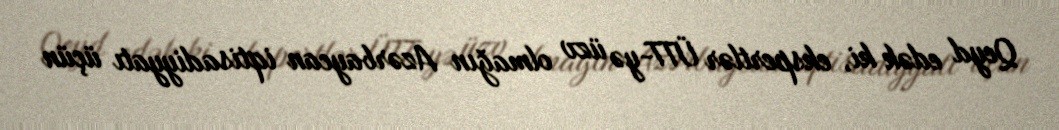
Qeyd edək ki, ekspertlər ÜTT-yə üzv olmağın Azərbaycan iqtisadiyyatı üçün